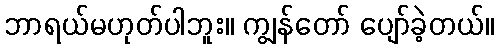
ဘာရယ်မဟုတ်ပါဘူး။ ကျွန်တော် ပျော်ခဲ့တယ်။